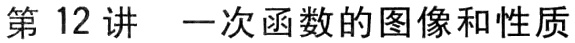
第12讲 一次函数的图像和性质